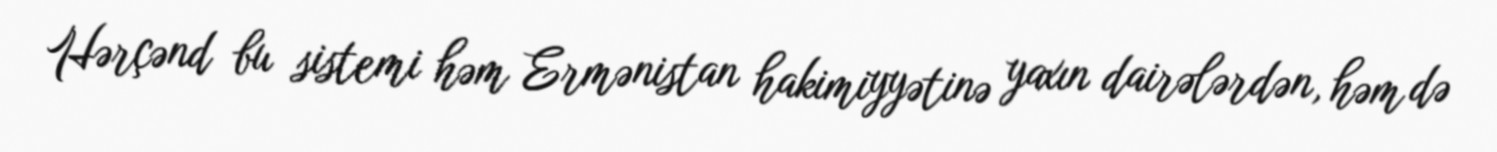
Hərçənd bu sistemi həm Ermənistan hakimiyyətinə yaxın dairələrdən, həm də